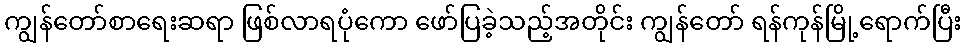
ကျွန်တော်စာရေးဆရာ ဖြစ်လာရပုံကော ဖော်ပြခဲ့သည့်အတိုင်း ကျွန်တော် ရန်ကုန်မြို့ရောက်ပြီး